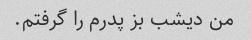
من دیشب بز پدرم را گرفتم.